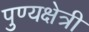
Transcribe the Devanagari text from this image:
पुण्यक्षेत्री